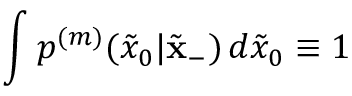
\int p ^ { ( m ) } ( \tilde { x } _ { 0 } | \tilde { \mathbf { x } } _ { - } ) \, d \tilde { x } _ { 0 } \equiv 1